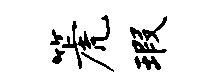
篪瑕